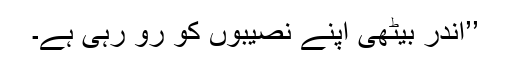
’’اندر بیٹھی اپنے نصیبوں کو رو رہی ہے۔